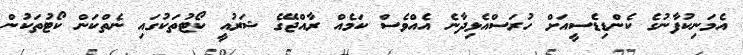
އެމަނިކުފާނުގެ ކެންޑިޑެސީއަށް ހުރަސްއެޅިދާނެ އެއްވެސް ކަމެއް ރާއްޖޭގެ ޝަރުއީ ކޯޓުތަކުގައި ނެތްކަން ކޯޓުތަކުން